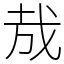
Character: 㦲